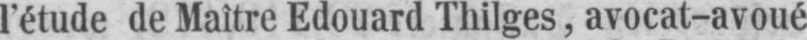
l’étude de Maître Edouard Thilges, avocat-avoué